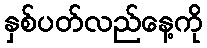
နှစ်ပတ်လည်နေ့ကို